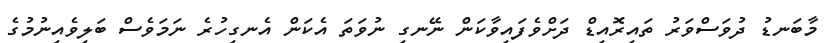
މާބަނޑު ދުވަސްވަރު ތައިރޮއިޑް ދަށްވެފައިވާކަން ނޭނގި ނުވަތަ އެކަން އެނގިހުރެ ނަމަވެސް ބަލިވެއިނުމުގެ